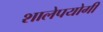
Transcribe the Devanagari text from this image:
शालेपयोगी